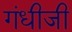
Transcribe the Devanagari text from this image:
गंधीजी